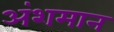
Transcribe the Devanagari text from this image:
अंशमान